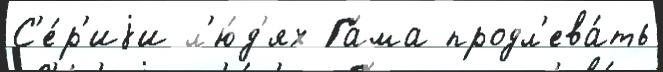
С'е́р'иjи л'ю́д'ях Га́ма продл'ева́ть